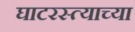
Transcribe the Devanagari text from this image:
घाटरस्त्याच्या